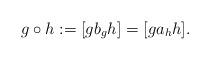
LaTeX: \begin{align*}g \circ h := [g b_g h] = [g a_h h ].\end{align*}